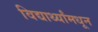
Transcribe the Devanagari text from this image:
विद्यार्थ्यांमधून